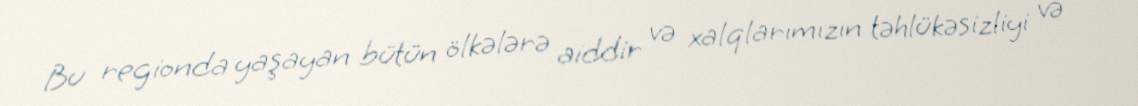
Bu regionda yaşayan bütün ölkələrə aiddir və xalqlarımızın təhlükəsizliyi və